Document type: Sale
Year: 1235
Scribe: Pere de Bages
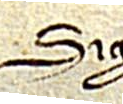
Sig